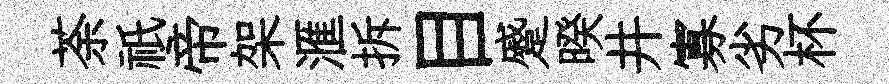
荼祇帝架滙拆目蹙暌井寡劣杯